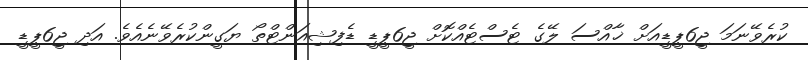
ކުރެވޭނަމަ ޖީ6ޕީޑީއަށް ޚާއްސަ ލޭގެ ޓެސްޓެއްކޮށް ޖީ6ޕީޑީ ޑެފިޝިއަންޓްތޯ ޔަގީންކުރެވޭނެއެވެ. އަދި ޖީ6ޕީޑީ